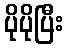
ပိုပိုပြီး